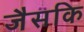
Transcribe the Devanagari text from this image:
जैसकि